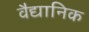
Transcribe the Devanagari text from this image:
वैद्यानिक